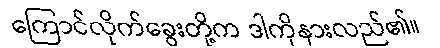
ကြောင်လိုက်ခွေးတို့က ဒါကိုနားလည်၏။